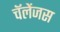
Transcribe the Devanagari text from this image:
चॅलेंजस